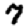
Digit: 7